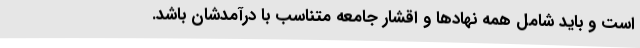
است و باید شامل همه نهادها و اقشار جامعه متناسب با درآمدشان باشد.